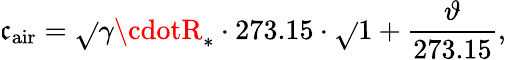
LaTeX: \mathfrak{c}_{\mathrm{{air}}}={\sqrt{}{{\gamma\cdotR_{*}\cdot273.15}}}\cdot{\sqrt{}{{1+{\frac{{\vartheta}}{{273.15}}}}}},